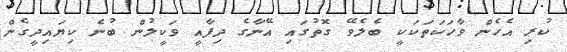
ކުރި އެެހެން ވާހަކަތަކަކީ ބެލެވޭ ގޮތުގައި އޭނާގެ ދިފާއީ ވަކީލުން ބުނެ ކިޔައިދީގެން